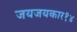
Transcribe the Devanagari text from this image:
जयजयकार१४